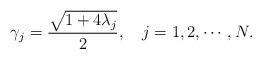
LaTeX: \begin{align*} \gamma_j=\frac{\sqrt{1+4\lambda_j}}{2},~~~j=1,2,\cdots,N.\end{align*}